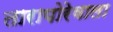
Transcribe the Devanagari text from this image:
तारापोरेवाला